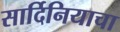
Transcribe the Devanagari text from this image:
सार्दिनियाचा